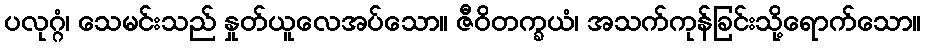
ပလုဂ္ဂံ၊ သေမင်းသည် နှုတ်ယူလေအပ်သော။ ဇီဝိတက္ခယံ၊ အသက်ကုန်ခြင်းသို့ရောက်သော။